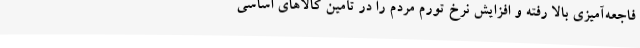
فاجعه‌آمیزی بالا رفته و افزایش نرخ تورم مردم را در تأمین کالاهای اساسی